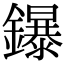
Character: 鑤